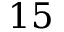
1 5